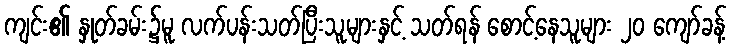
ကျင်း၏ နှုတ်ခမ်း၌မူ လက်ပန်းသတ်ပြီးသူများနှင့် သတ်ရန် စောင့်နေသူများ ၂၀ ကျော်ခန့်